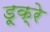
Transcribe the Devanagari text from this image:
डूक्रे